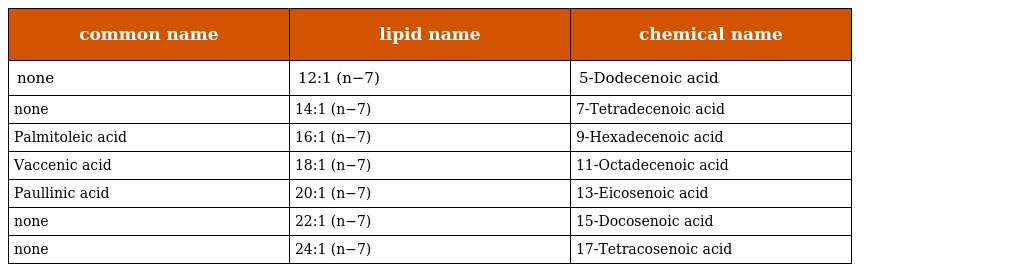
| common name | lipid name | chemical name |
 | --- | --- | --- |
 | none | 12:1 (n−7) | 5-Dodecenoic acid |
 | none | 14:1 (n−7) | 7-Tetradecenoic acid |
 | Palmitoleic acid | 16:1 (n−7) | 9-Hexadecenoic acid |
 | Vaccenic acid | 18:1 (n−7) | 11-Octadecenoic acid |
 | Paullinic acid | 20:1 (n−7) | 13-Eicosenoic acid |
 | none | 22:1 (n−7) | 15-Docosenoic acid |
 | none | 24:1 (n−7) | 17-Tetracosenoic acid |